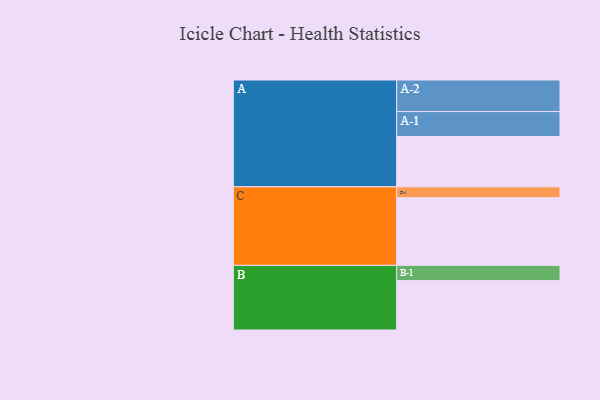
{"axis": {"x": "Segment", "y": "Value"}, "legend": ["", "A", "B", "C"], "data": [{"x": "A", "y": 435, "type": ""}, {"x": "B", "y": 427, "type": ""}, {"x": "C", "y": 585, "type": ""}, {"x": "A-1", "y": 216, "type": "A"}, {"x": "A-2", "y": 273, "type": "A"}, {"x": "B-1", "y": 132, "type": "B"}, {"x": "C-1", "y": 94, "type": "C"}]}